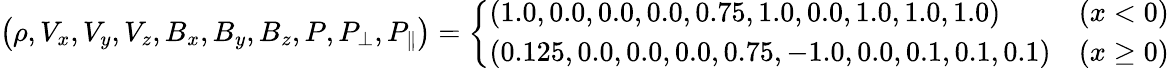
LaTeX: \left(\rho,V_{x},V_{y},V_{z},B_{x},B_{y},B_{z},P,P_{\perp},P_{\| }\right)=\left\{ \begin{array}{ll}{(1.0,0.0,0.0,0.0,0.75,1.0,0.0,1.0,1.0,1.0)}&{(x<0)}\\ {(0.125,0.0,0.0,0.0,0.75,-1.0,0.0,0.1,0.1,0.1)}&{(x\geq 0)}\end{array}\right.